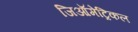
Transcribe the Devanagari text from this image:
जिऑमेट्रिकल